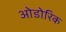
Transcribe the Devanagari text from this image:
ओडोरिक